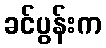
ခင်ပွန်းက